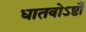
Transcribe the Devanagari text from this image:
धातवोऽष्टौ